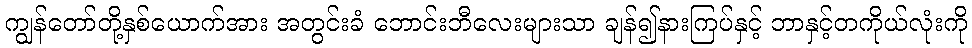
ကျွန်တော်တို့နှစ်ယောက်အား အတွင်းခံ ဘောင်းဘီလေးများသာ ချန်၍နားကြပ်နှင့် ဘာနှင့်တကိုယ်လုံးကို